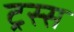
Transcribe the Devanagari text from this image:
ट्रस्स